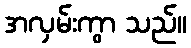
အလှမ်းကွာ သည်။